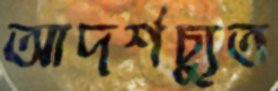
আদর্শচ্যুত